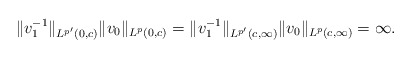
\begin{align*}\|v_1^{-1}\|_{{L^{p'}(0,c)}}\|v_0\|_{{L^p}(0,c)} = \|v_1^{-1}\|_{L^{p'}(c,\infty)}\|v_0\|_{L^p(c,\infty)} = \infty.\end{align*}